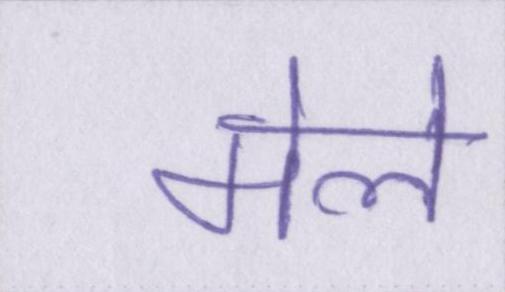
मेले